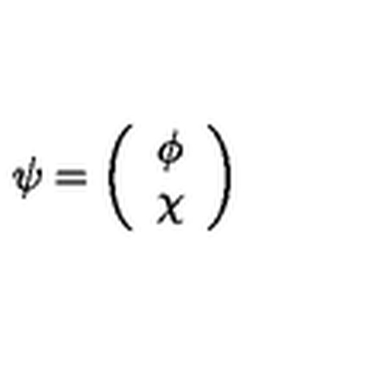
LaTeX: \psi = \left( \begin{array} { c } { \phi } \\ { \chi } \\ \end{array} \right)